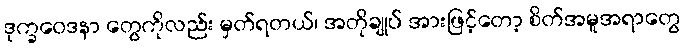
ဒုက္ခဝေဒနာ တွေကိုလည်း မှတ်ရတယ်၊ အတိုချုပ် အားဖြင့်တော့ စိတ်အမူအရာတွေ